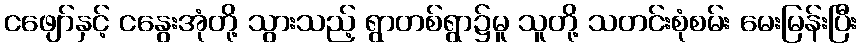
ငဖျော်နှင့် ငနွေးအုံတို့ သွားသည့် ရွာတစ်ရွာ၌မူ သူတို့ သတင်းစုံစမ်း မေးမြန်းပြီး